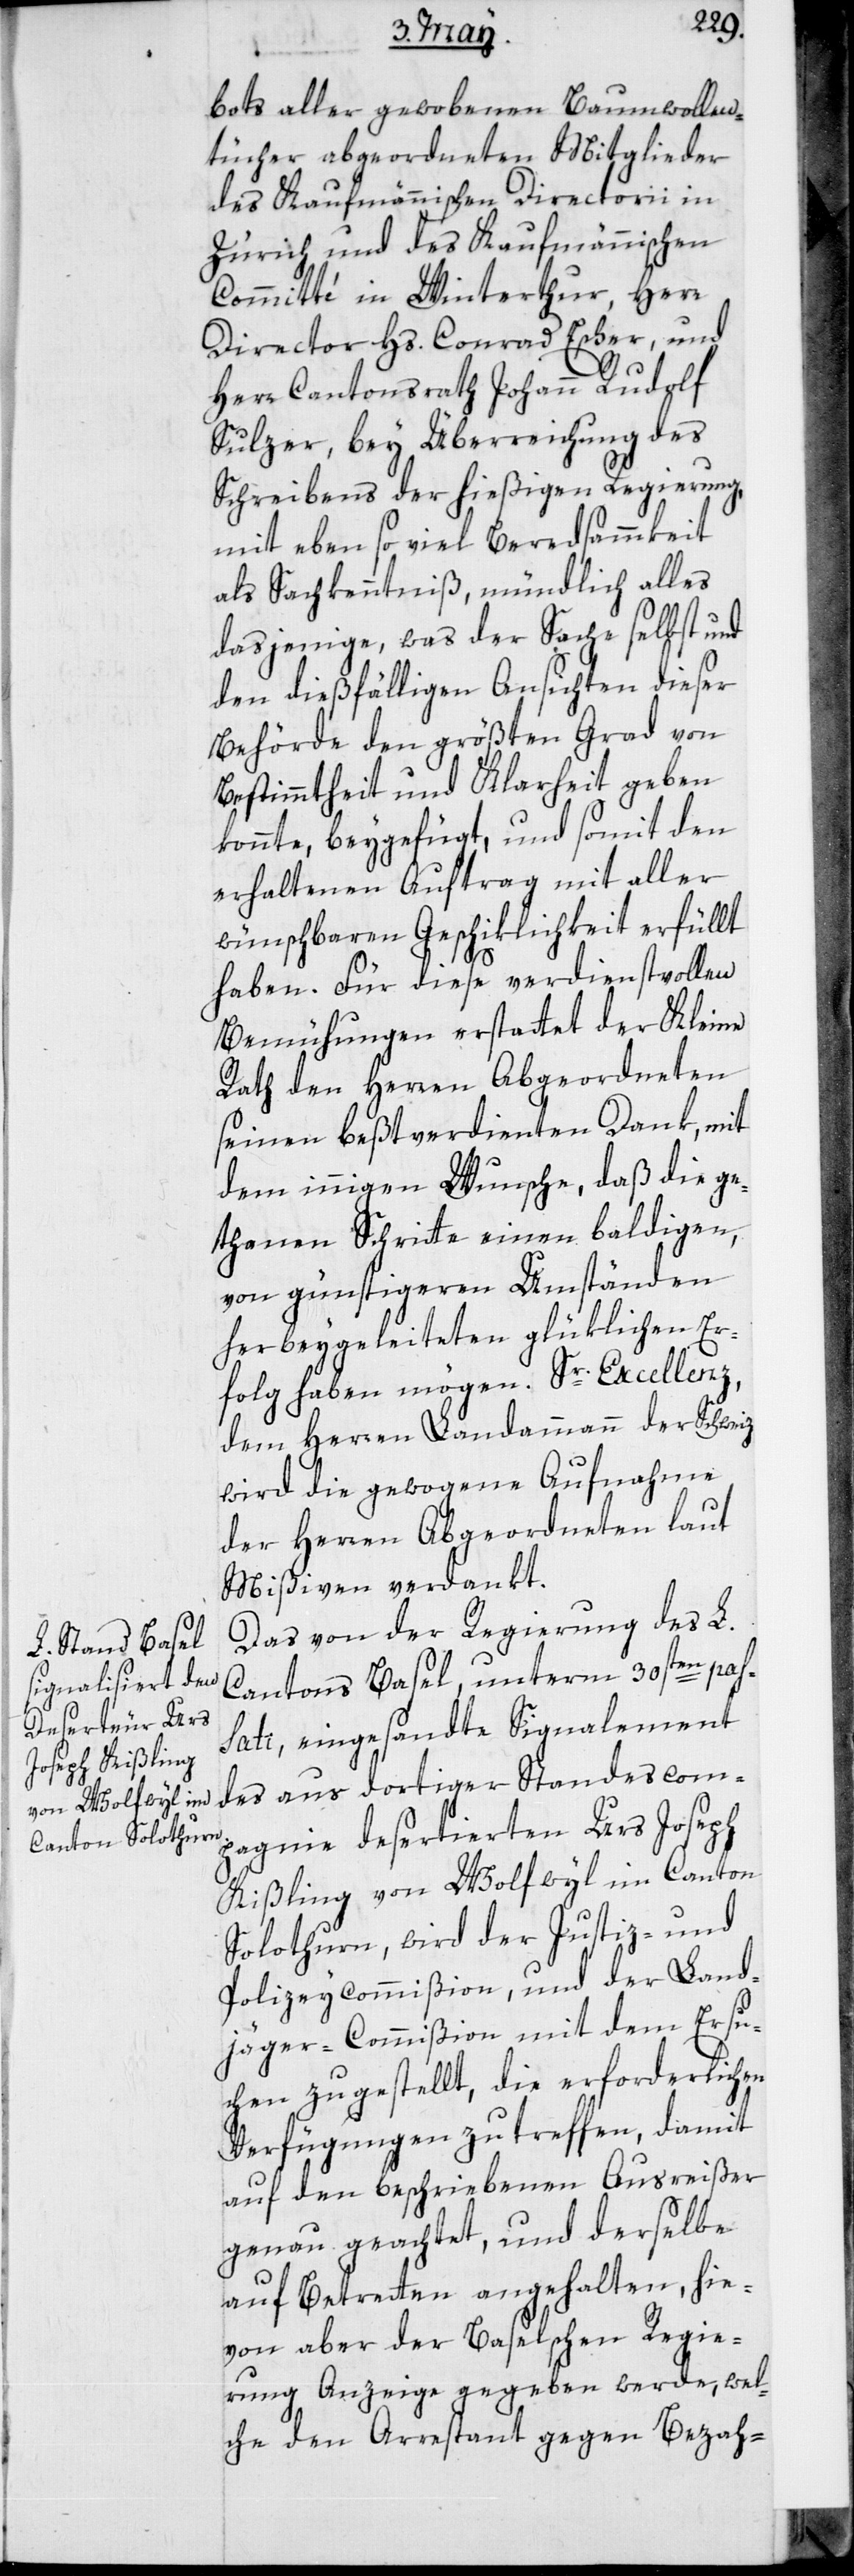
bots aller gewobenen Baumwollen¬
tücher abgeordneten Mitglieder
des Kaufmännischen Directorii in
Zürich und des Kaufmännischen
Commitée in Winterthur, Herr
Director Hs. Conrad Escher, und
Herr Cantonsrath Johann Rudolf
Sulzer, bey Überreichung des
Schreibens der hießigen Regierung,
mit ebensoviel Beredsammkeit
als Sachkenntniß, mündlich alles
dasjenige, was der Sache selbst und
den dießfälligen Ansichten dieser
Behörde den größten Grad von
Bestimmtheit und Klarheit geben
könnte, beygefügt, und somit den
erhaltenen Auftrag mit aller
wünschbaren Geschiklichkeit erfüllt
haben. Für diese verdienstvollen
Bemühungen erstattet der Kleine
Rath den Herren Abgeordneten
seinen bestverdienten Dank, mit
dem innigen Wunsche, daß die ge¬
thanen Schritte einen baldigen,
von günstigeren Umständen
herbeygeleiteten glüklichen Er¬
folg haben mögen. Sr. Excellenz,
dem Herren Landammann der Schweiz
wird die gewogene Aufnahme
der Herren Abgeordneten laut
Mißiven verdankt.
Das von der Regierung des L.
Cantons Basel unterm 30sten pas¬
sati, eingesandte Signalement
des aus dortiger Standescomp¬
agnie desertierten Urs Joseph
Kißling von Wolfwyl im Canton
Solothurn, wird der Justiz- und
Polizeycommißion, und der Land¬
jäger-Commißion mit dem Ersu¬
chen zugestellt, die erforderlichen
Verfügungen zu treffen, damit
auf den beschriebenen Ausreißer
genau geachtet, und derselbe
auf Betretten angehalten, hie¬
von aber der Baselschen Regie¬
rung Anzeige gegeben werde, wel¬
che den Arrestant gegen Bezah-